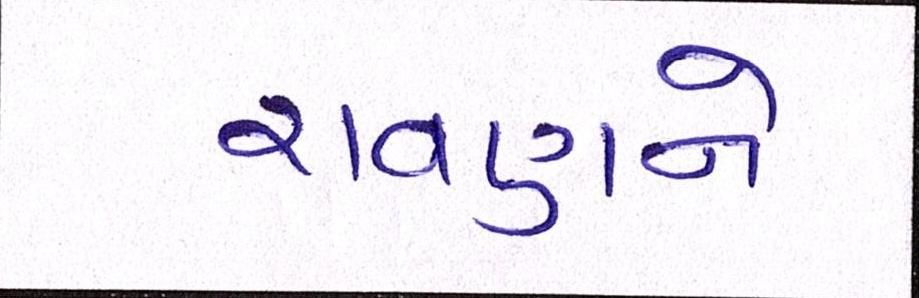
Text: રાવણને